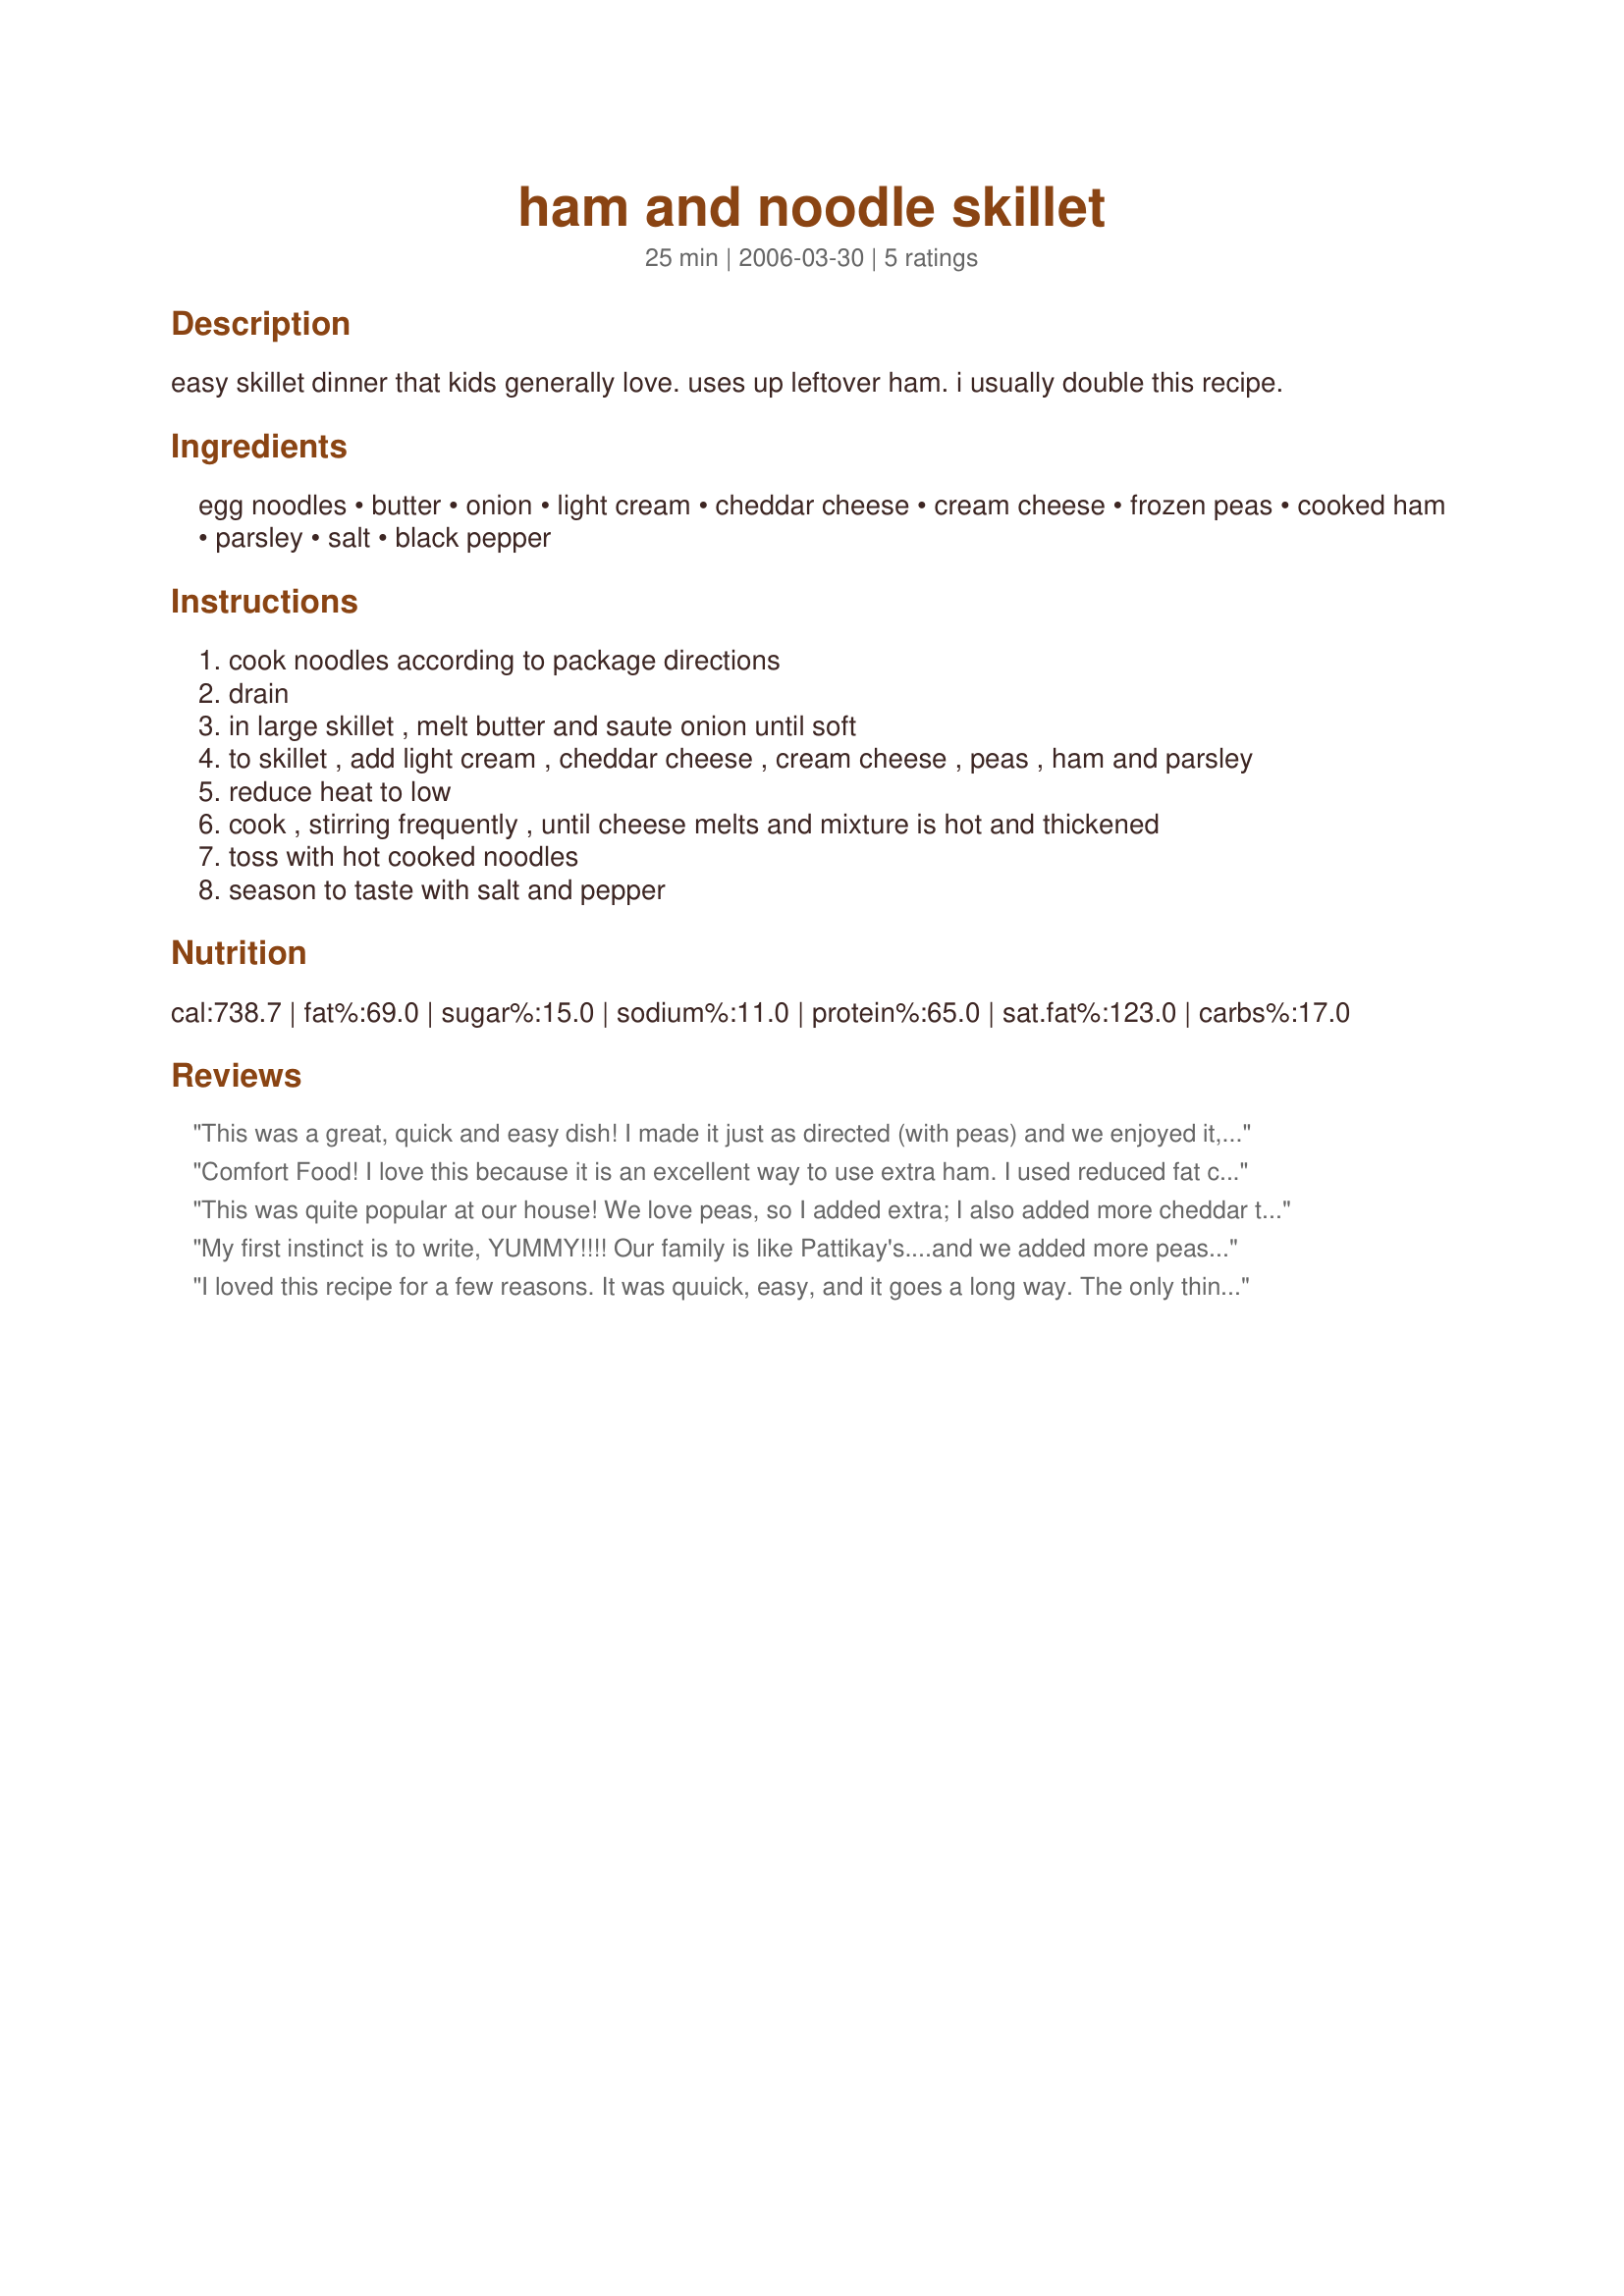
ham and noodle skillet
Preparation time: 25 minutes

easy skillet dinner that kids generally love. uses up leftover ham.
i usually double this recipe.

Ingredients:
egg noodles, butter, onion, light cream, cheddar cheese, cream cheese, frozen peas, cooked ham, parsley, salt, black pepper

Steps:
cook noodles according to package directions
drain
in large skillet , melt butter and saute onion until soft
to skillet , add light cream , cheddar cheese , cream cheese , peas , ham and parsley
reduce heat to low
cook , stirring frequently , until cheese melts and mixture is hot and thickened
toss with hot cooked noodles
season to taste with salt and pepper

Reviews:
This was a great, quick and easy dish! I made it just as directed (with peas) and we enjoyed it, but I may try with broccoli as another reviewer suggested because that sounds good too. All in all a very nice supper that I will make again!
Comfort Food! I love this because it is an excellent way to use extra ham. I used reduced fat cream cheese and fat-free cream and it was still rich. Thanks for the recipe!
This was quite popular at our house! We love peas, so I added extra; I also added more cheddar to the mix. Easy to put together and quick to disappear. Thanks for posting!
My first instinct is to write, YUMMY!!!! Our family is like Pattikay's....and we added more peas and cheddar. Great quick and tasty meal that my family devoured! Thanks for yet another family pleasing HIT Pars!!! **Went to market 2007**
I loved this recipe for a few reasons. It was quuick, easy, and it goes a long way. The only thing was the peas, which I tried and it wasn't a big hit. It needs the vegetable though so then I tried it with frozen broccoli and now my kids are asking for this meal all the time. Thanks for a great recipe.
